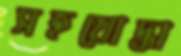
সহযোদ্ধা